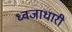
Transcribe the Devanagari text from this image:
ध्‍वजाधारी